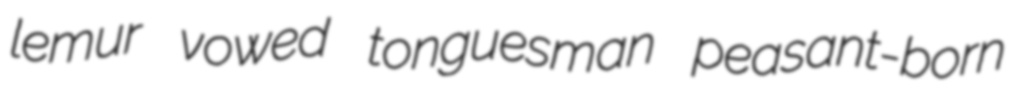
lemur vowed tonguesman peasant-born